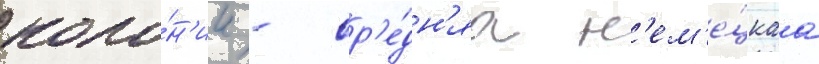
коло́н'ии - ср'е́дн'яа н'ем'е́цкаа